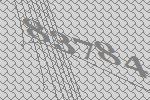
83784